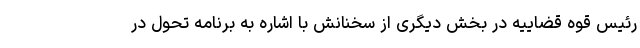
رئیس قوه قضاییه در بخش دیگری از سخنانش با اشاره به برنامه‌ تحول در